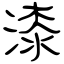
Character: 漆